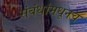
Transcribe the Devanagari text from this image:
संबंधांमधूनच